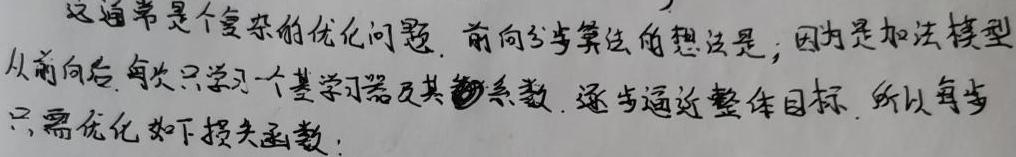
这通常是个复杂的优化问题. 前向分步算法的想法是; 因为是加法模型, 从前向后, 每次只学习一个基学习器及其系数, 逐步逼近整体目标. 所以每步只需优化如下损失函数: